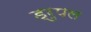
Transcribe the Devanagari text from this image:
ड्रुपल